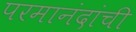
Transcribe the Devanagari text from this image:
परमानंदांची